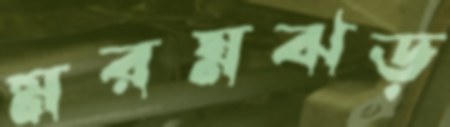
মরম্নঝড়